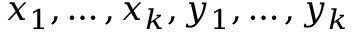
x _ { 1 } , \dots , x _ { k } , y _ { 1 } , \dots , y _ { k }